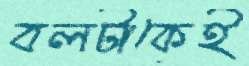
বলটাকেই